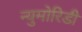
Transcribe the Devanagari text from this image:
न्युमोरिडी